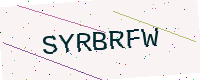
Text: SYRBRFW